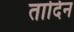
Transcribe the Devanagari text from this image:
तादिन